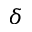
\delta